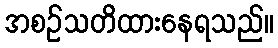
အစဉ်သတိထားနေရသည်။